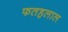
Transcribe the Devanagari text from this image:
फतहलाल